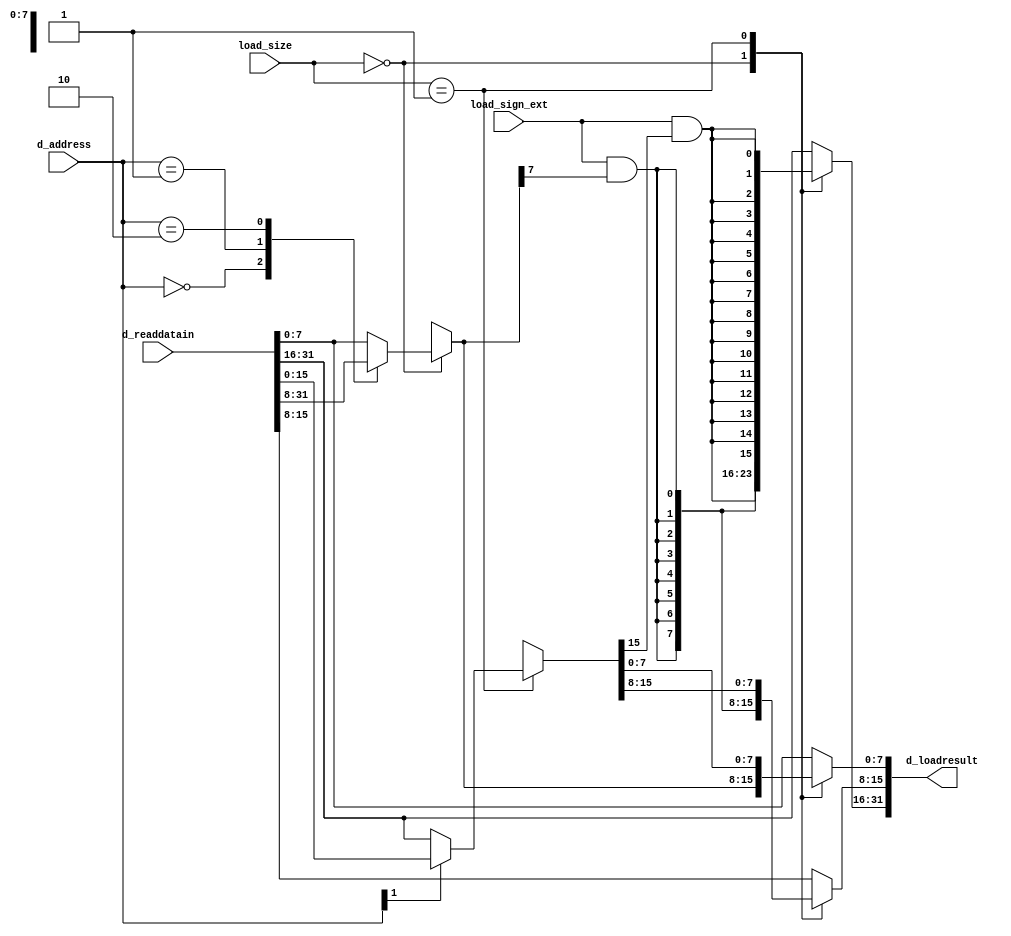
 

/****************************************************************************
 *           Load data translator
 *- moves read data to appropriate byte/halfword and zero/sign extends
 *****************************************************************************/
module vload_data_translator(
    d_readdatain,
    d_address,
    load_size,
    load_sign_ext,
    d_loadresult);
parameter WIDTH=32;

input [WIDTH-1:0] d_readdatain;
input [1:0] d_address;
input [1:0] load_size;
input load_sign_ext;
output [WIDTH-1:0] d_loadresult;

reg [WIDTH-1:0] d_loadresult;

always @(d_readdatain or d_address or load_size or load_sign_ext)
begin
    case (load_size)
        2'b00:
        begin
            case (d_address[1:0])
                2'd0: d_loadresult[7:0]=d_readdatain[31:24];
                2'd1: d_loadresult[7:0]=d_readdatain[23:16];
                2'd2: d_loadresult[7:0]=d_readdatain[15:8];
                default: d_loadresult[7:0]=d_readdatain[7:0];
            endcase
            d_loadresult[31:8]={24{load_sign_ext&d_loadresult[7]}};
        end
        2'b01:
        begin
            case (d_address[1])
                2'd0: d_loadresult[15:0]=d_readdatain[31:16];
                default: d_loadresult[15:0]=d_readdatain[15:0];
            endcase
            d_loadresult[31:16]={16{load_sign_ext&d_loadresult[15]}};
        end
        default:
            d_loadresult=d_readdatain;
    endcase
end
endmodule